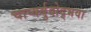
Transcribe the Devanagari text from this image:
चाप्यर्बुदोद्भवा